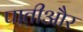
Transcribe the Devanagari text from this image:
पातीऔर